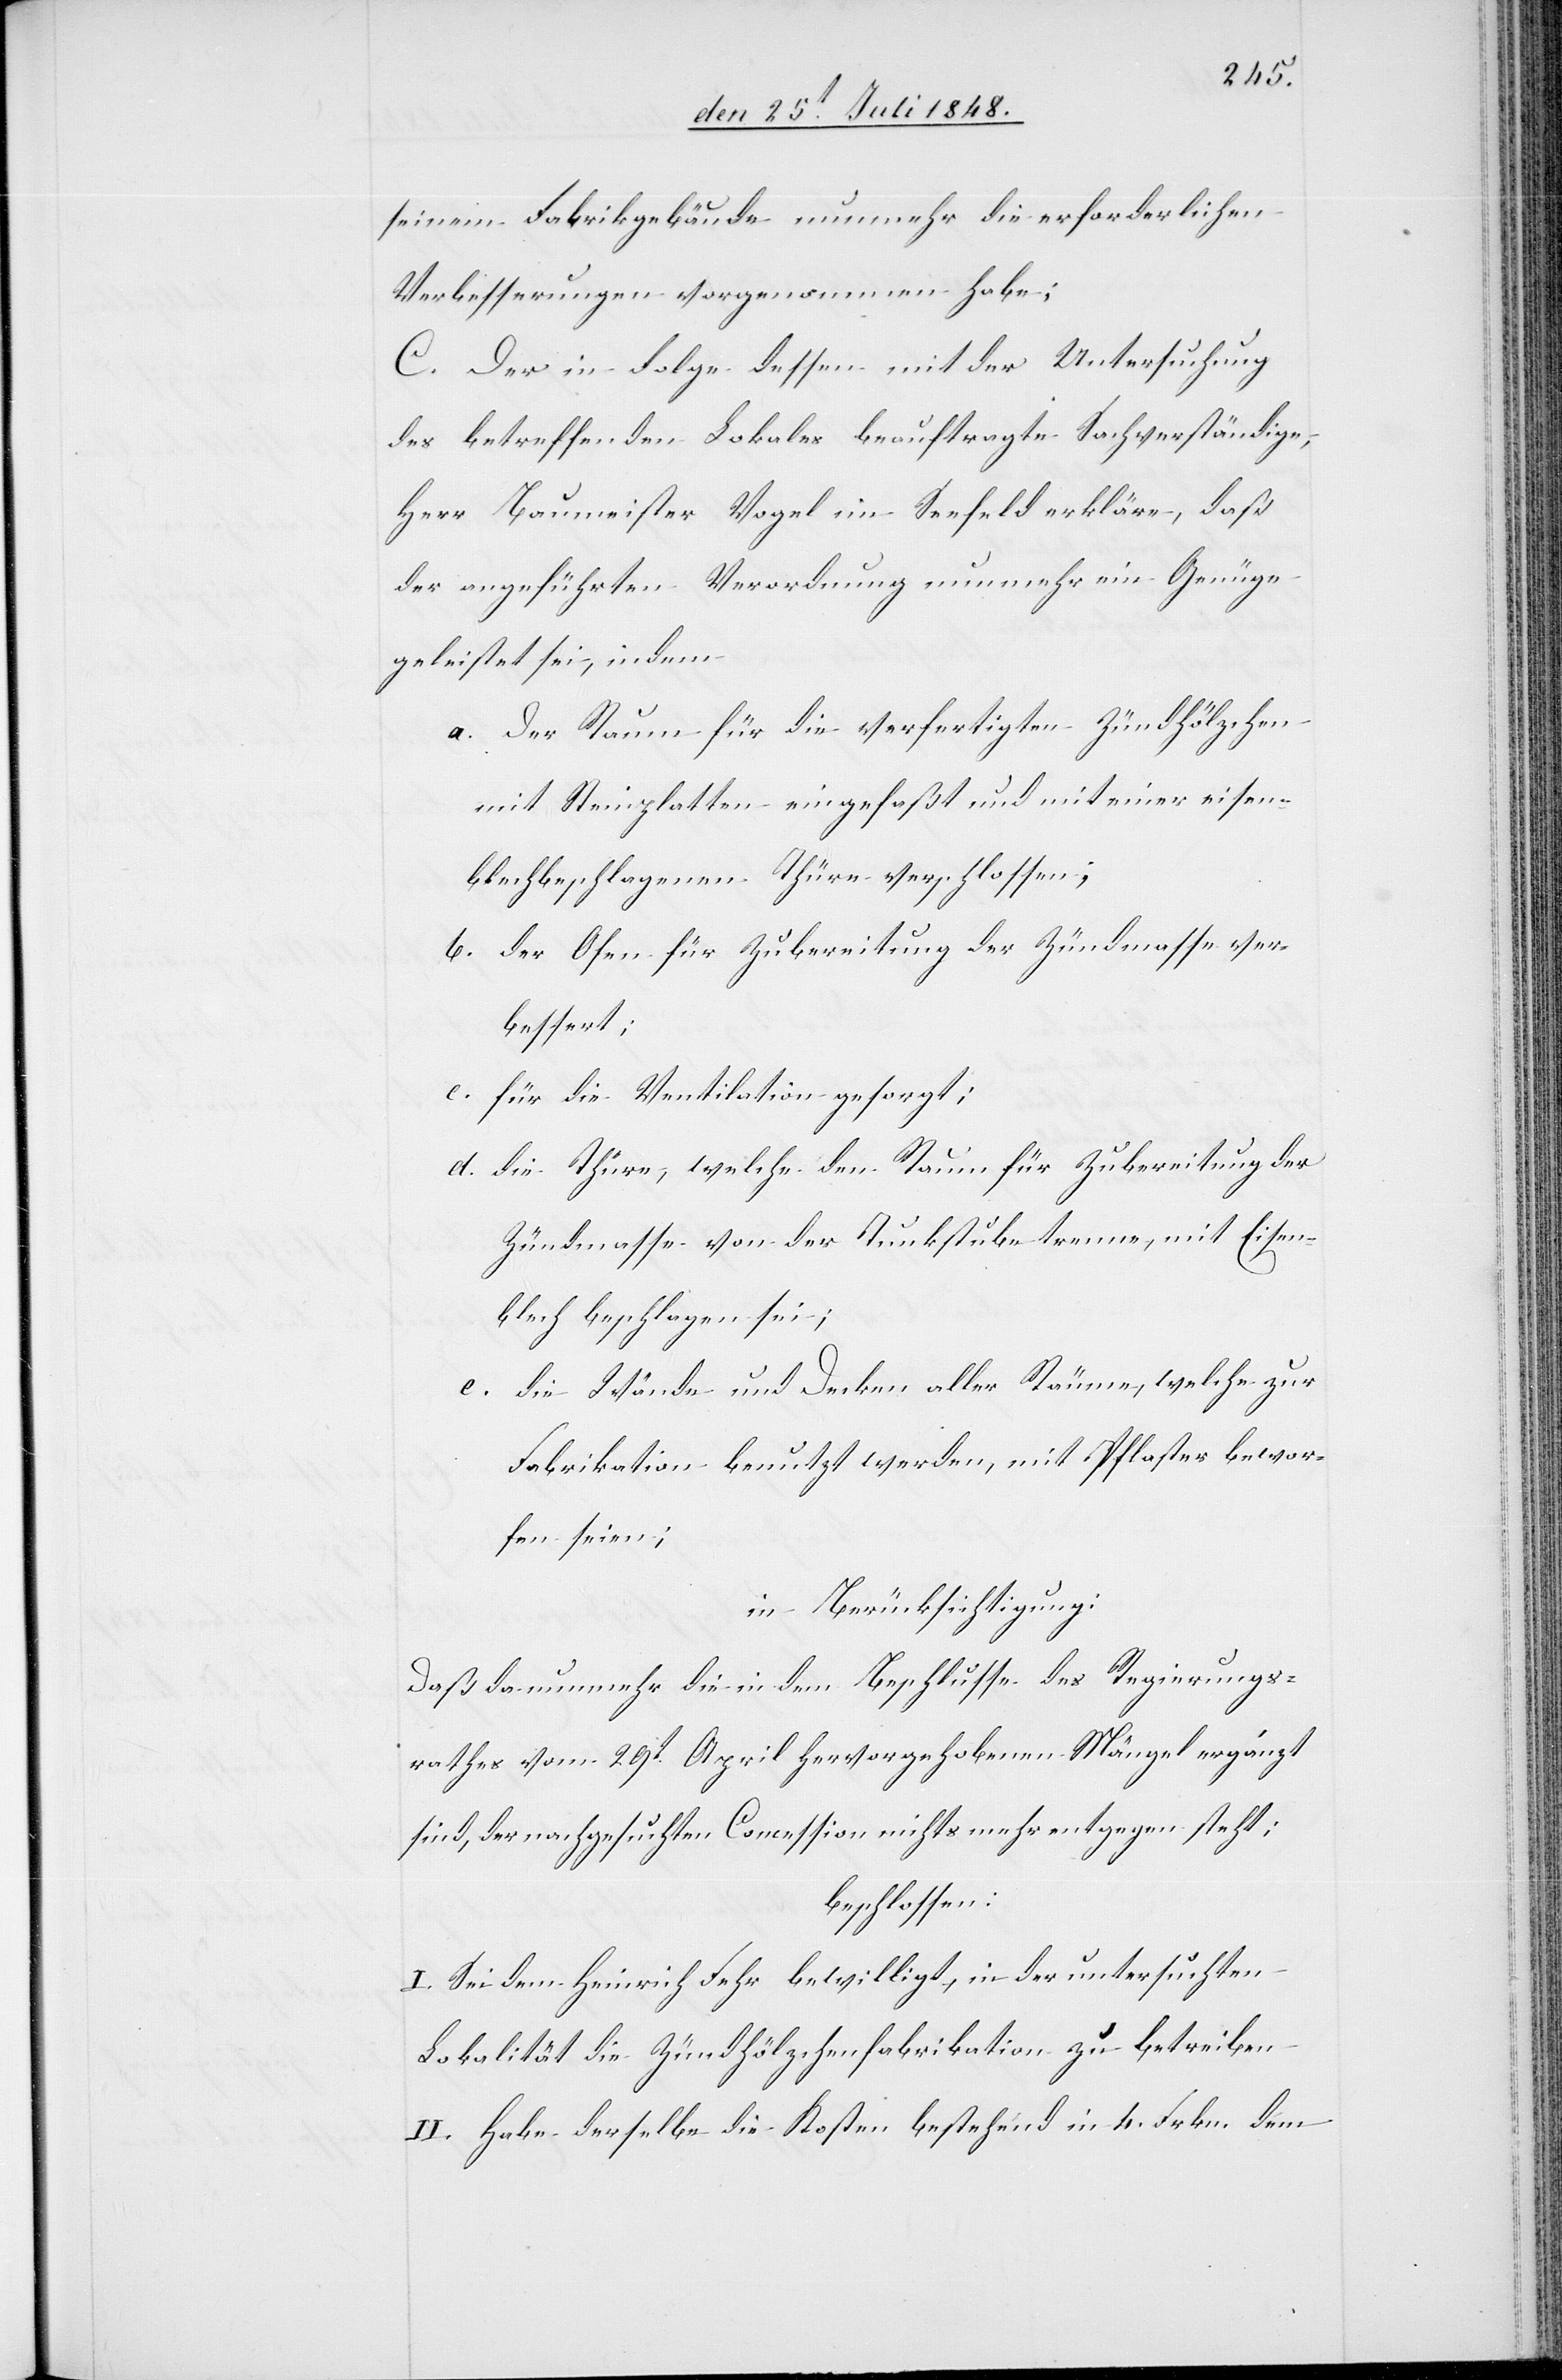
seinem Fabrikgebäude nunmehr die erforderlichen
Verbesserungen vorgenommen habe;
C. Der in Folge dessen mit der Untersuchung
des betreffenden Lokales beauftragte Sachverständige,
Herr Baumeister Vogel im Seefeld erkläre, daß
der angeführten Verordnung nunmehr ein Genüge
geleistet sei, indem
a. der Raum für die verfertigten Zündhölzchen
mit Steinplatten eingefaßt und mit einer eisen¬
blechbeschlagenen Thüre verschlossen;
b. der Ofen für Zubereitung der Zündmasse ver¬
bessert;
c. für die Ventilation gesorgt;
d. die Thüre, welche den Raum für Zubereitung der
Zündmasse von der Tunkstube trenne, mit Eisen¬
blech beschlagen sei;
e. die Wände und Decken aller Räume, welche zur
Fabrikation benutzt werden, mit Pflaster bewor¬
fen sei;
in Berücksichtigung:
Daß da nunmehr die in dem Beschlusse des Regierungs¬
rathes vom 29t April hervorgehobenen Mängel ergänzt
sind, der nachgesuchten Concession nichts mehr entgegen steht;
beschlossen:
I. Sei dem Heinrich Fehr bewilligt, in der untersuchten
Lokalität die Zündhölzchenfabrikation zu betreiben.
II. Habe derselbe die Kosten bestehend in 4. Frkn. dem